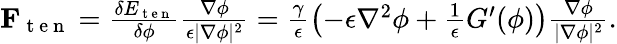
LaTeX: \begin{array}{r}{\mathbf{F}_{\mathrm{~t~e~n~}}=\frac{\delta E_{\mathrm{~t~e~n~}}}{\delta\phi}\frac{\nabla\phi}{\epsilon|\nabla\phi|^{2}}=\frac{\gamma}{\epsilon}\left(-\epsilon\nabla^{2}\phi+\frac{1}{\epsilon}G^{\prime}(\phi)\right)\frac{\nabla\phi}{|\nabla\phi|^{2}}.}\end{array}